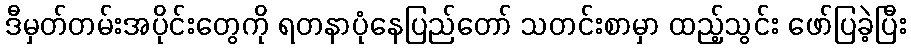
ဒီမှတ်တမ်းအပိုင်းတွေကို ရတနာပုံနေပြည်တော် သတင်းစာမှာ ထည့်သွင်း ဖော်ပြခဲ့ပြီး